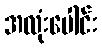
အလုံးပေါင်း